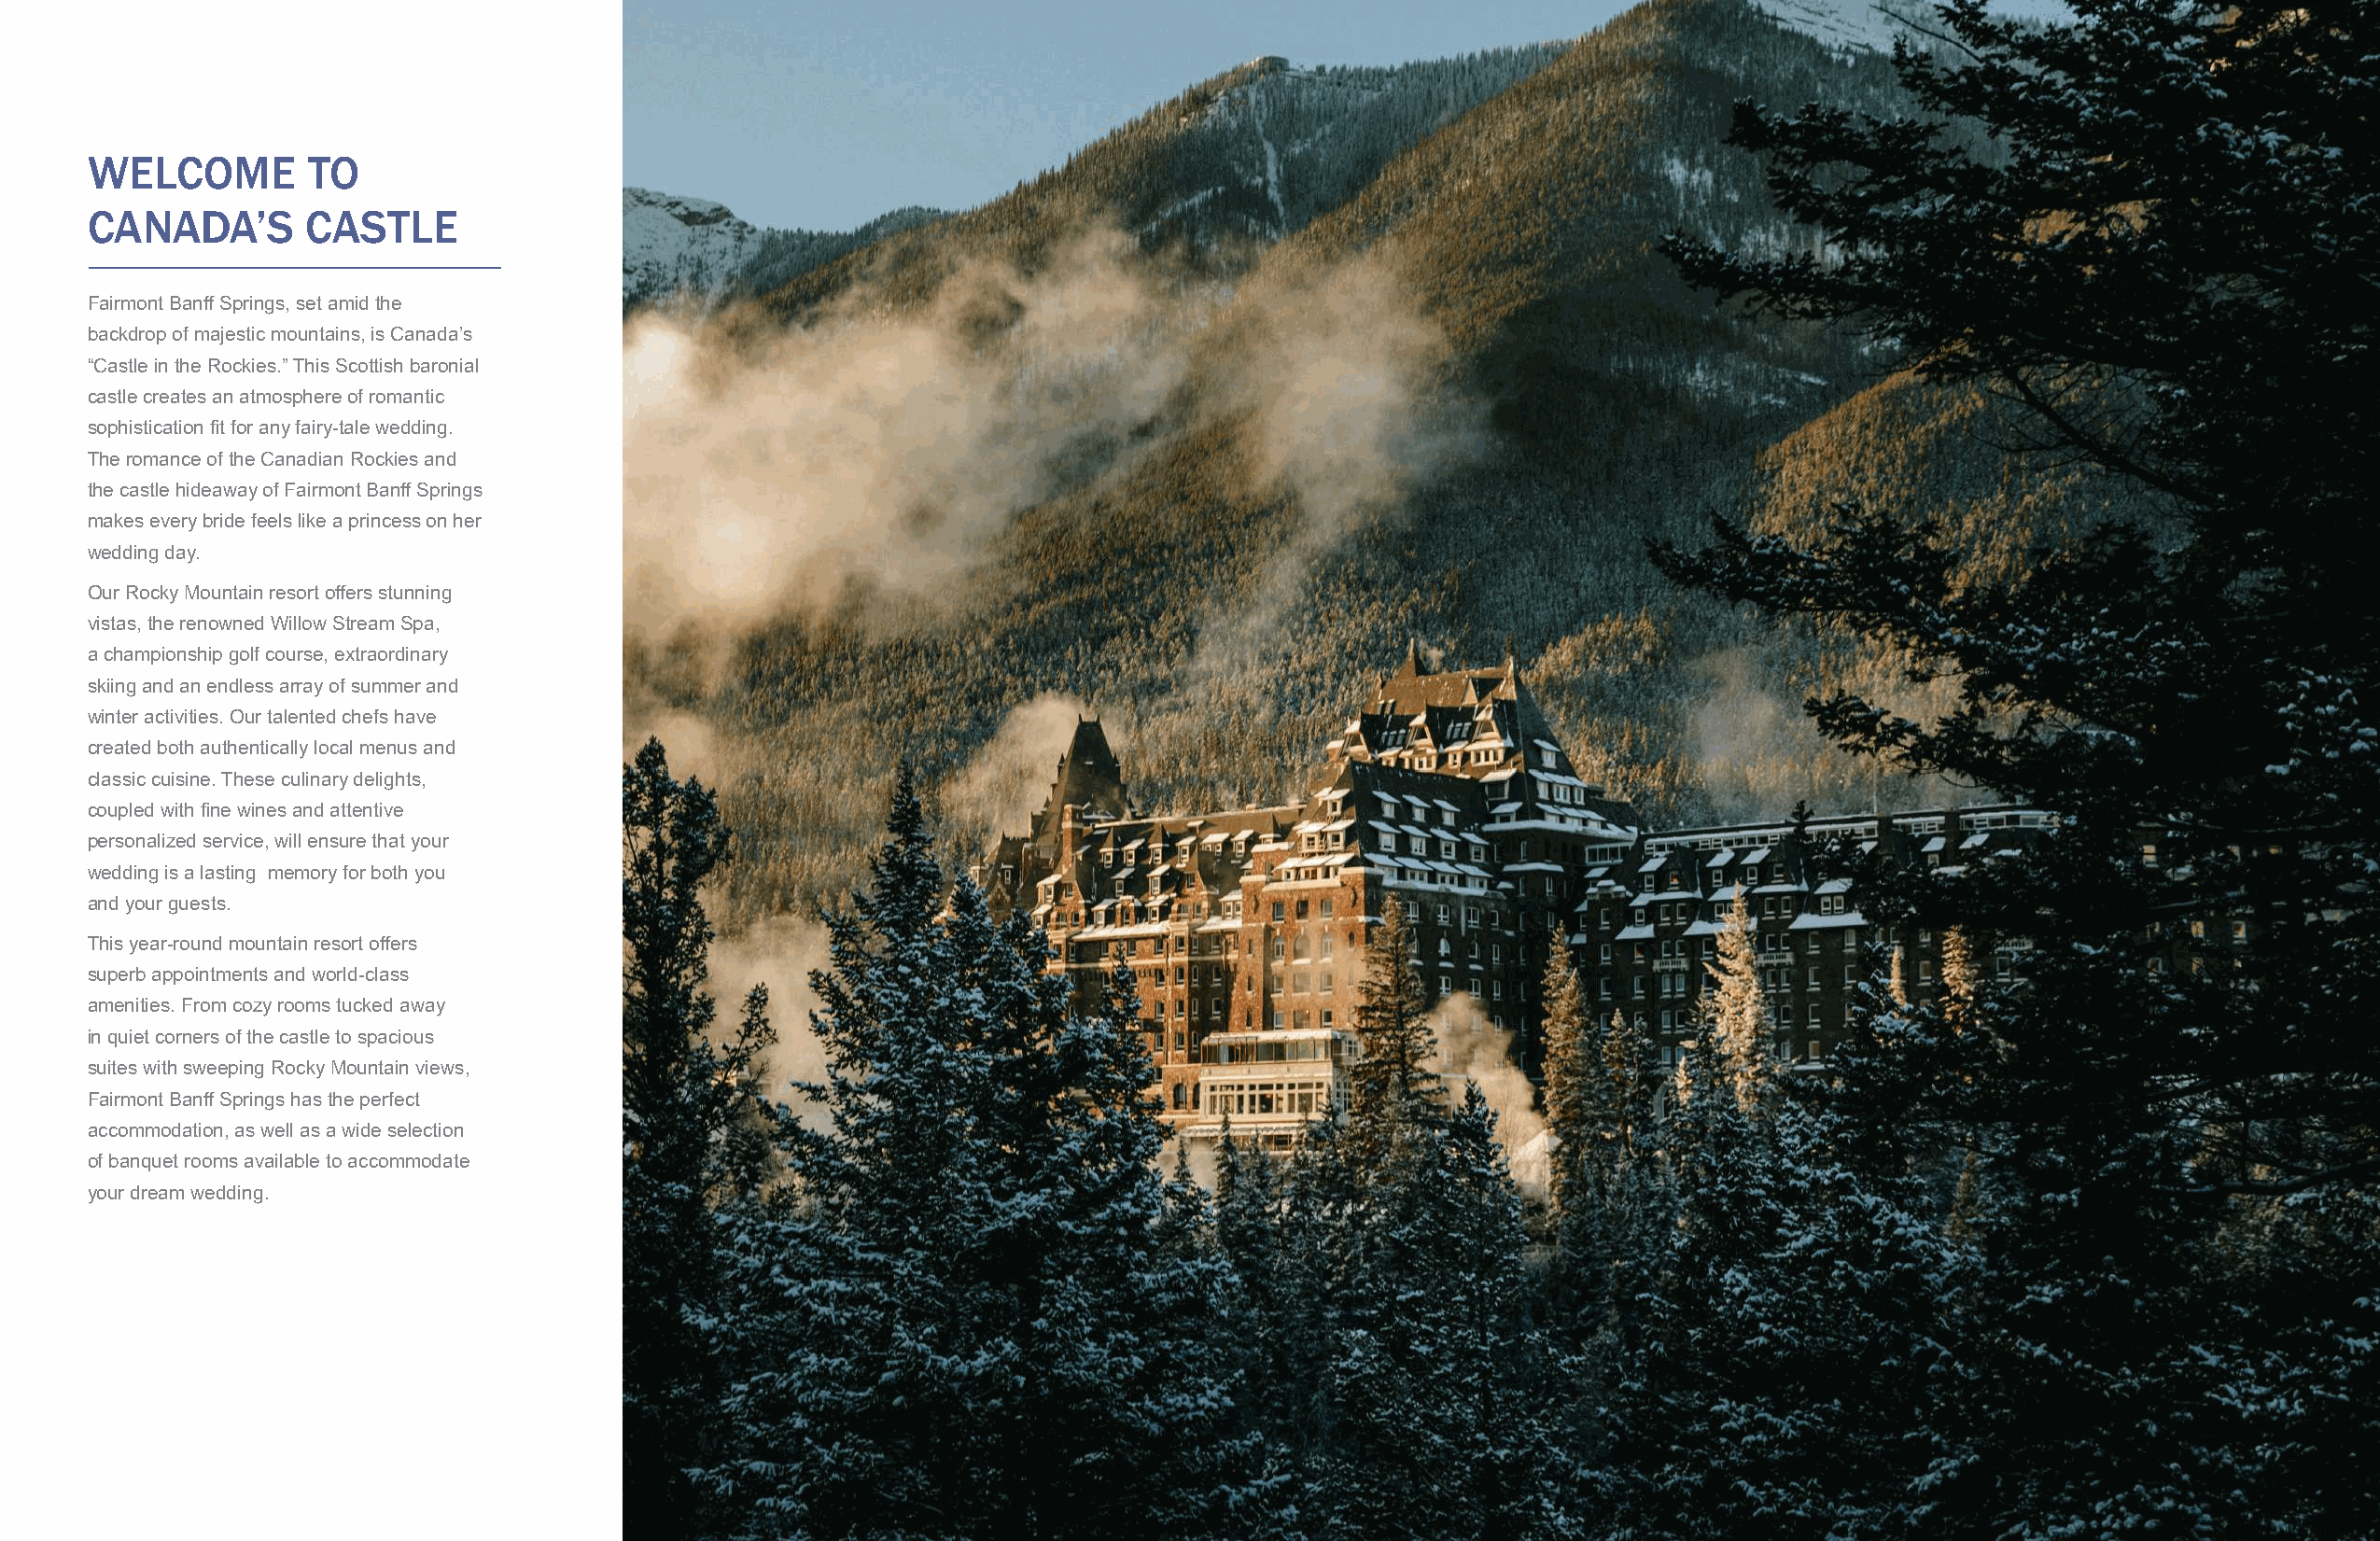
WELCOME         TO
 CANADA’S        CASTLE
 Fairmont Banff Springs, set amid the
 backdrop of majestic mountains, is Canada’s
 “Castle in the Rockies.” This Scottish baronial
 castle creates an atmosphere of romantic
 sophistication fit for any fairy-tale wedding.
 The romance of the Canadian Rockies and
 the castle hideaway of Fairmont Banff Springs
 makes every bride feels like a princess on her
 wedding day.
 Our Rocky Mountain resort offers stunning
 vistas, the renowned Willow Stream Spa,
 a championship golf course, extraordinary
 skiing and an endless array of summer and
 winter activities. Our talented chefs have
 created both authentically local menus and
 classic cuisine. These culinary delights,
 coupled with fine wines and attentive
 personalized service, will ensure that your
 wedding is a lasting memory for both you
 and your guests.
 This year-round mountain resort offers
 superb appointments and world-class
 amenities. From cozy rooms tucked away
 in quiet corners of the castle to spacious
 suites with sweeping Rocky Mountain views,
 Fairmont Banff Springs has the perfect
 accommodation, as well as a wide selection
 of banquet rooms available to accommodate
 your dream wedding.